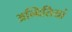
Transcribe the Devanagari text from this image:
अन्वितियां